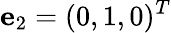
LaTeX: {\mathbf e}_{2}=(0,1,0)^{T}